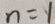
n = 1